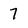
Character: 7